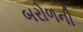
બરોળની